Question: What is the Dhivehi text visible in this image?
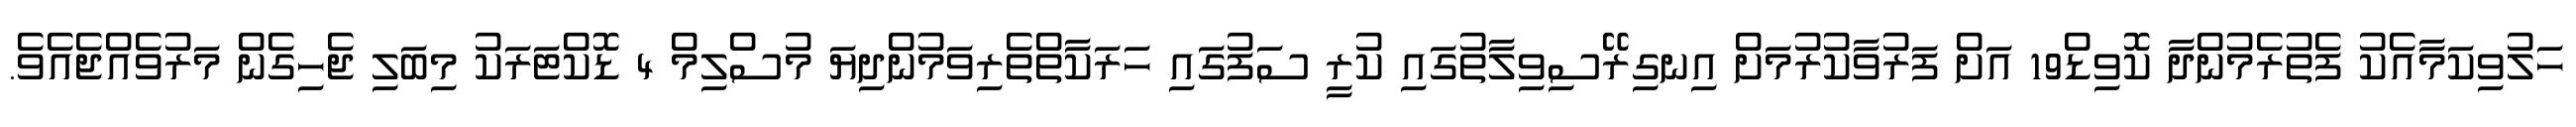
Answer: ހަލުވިކަމާއެކު ފެތުރެމުންދާ ކޮވިޑް19 އަށް ފަރުވާކުރުމަށް އިނގިރޭސިވިލާތުގައި ކުރީ ސަފުގައި ހަރަކާތްތެރިވަމުންދިޔަ މުސްލިމް 4 ޑޮކްޓަރަކު މިބަލި ޖެހިގެން މަރުވެއްޖެއެވެ.